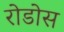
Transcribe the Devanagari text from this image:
रोडोस